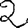
Digit: 2